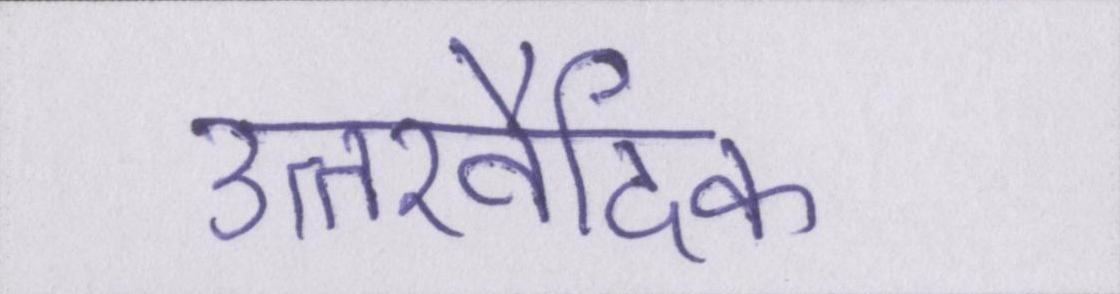
उत्तरवैदिक